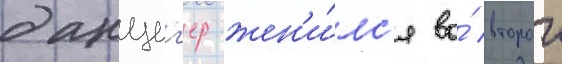
данциг'ер жен'и́лс'я во́ второи